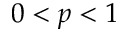
0 < p < 1